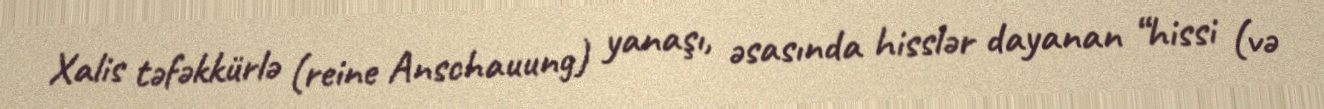
Xalis təfəkkürlə (reine Anschauung) yanaşı, əsasında hisslər dayanan “hissi (və